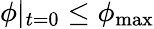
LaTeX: \phi|_{t=0}\leq\phi_{\mathrm{max}}